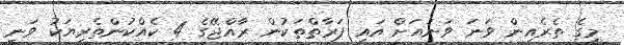
މީގެ ތެރެއިން ވަނަ ވަނައަށް އައި ފަރާތްތަކުން ރާއްޖޭގެ 4 ކެއްކުންތެރިޔަކު ވަނީ